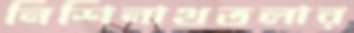
নিশিনাথতলার